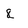
Character: 8